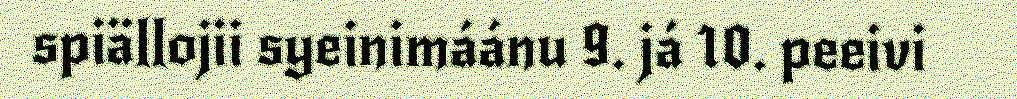
spiällojii syeinimáánu 9. já 10. peeivi